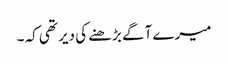
میرے آگے بڑھنے کی دیر تھی کہ ۔